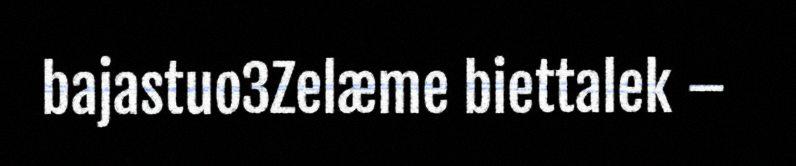
bajastuo3Zelæme biettalek –